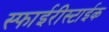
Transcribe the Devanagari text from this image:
स्फाईरीस्टाईक